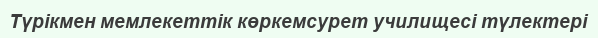
Түрікмен мемлекеттік көркемсурет училищесі түлектері